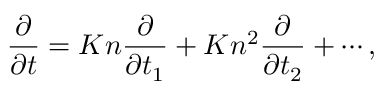
\frac { \partial } { { \partial t } } = K n \frac { \partial } { { \partial { t _ { 1 } } } } + K { n ^ { 2 } } \frac { \partial } { { \partial { t _ { 2 } } } } + \cdots ,